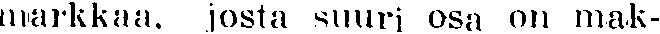
markkaa. josta suuri osa on mak-